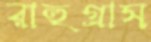
রাহুগ্রাস